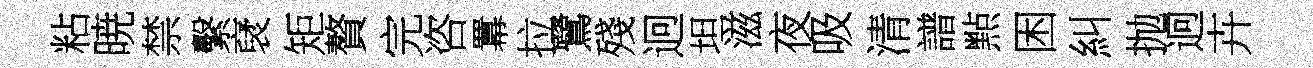
粘暁禁繫裦矩贅完咨羃拉鷺殘迥坦滋夜吸清譜㸃困糾抛迥卉